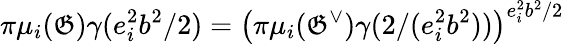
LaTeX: \pi\mu_{i}(\mathfrak{G})\gamma(e_{i}^{2}b^{2}/2)=\left(\pi\mu_{i}(\mathfrak{G}^{\vee})\gamma(2/(e_{i}^{2}b^{2}))\right)^{e_{i}^{2}b^{2}/2}